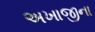
અખાજીના